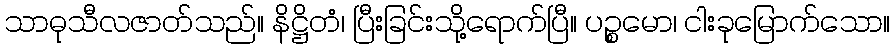
သာဓုသီလဇာတ်သည်။ နိဋ္ဌိတံ၊ ပြီးခြင်းသို့ရောက်ပြီ။ ပဉ္စမော၊ ငါးခုမြောက်သော။